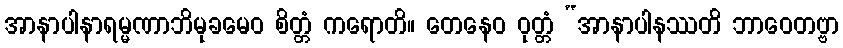
အာနာပါနာရမ္မဏာဘိမုခမေဝ စိတ္တံ ကရောတိ။ တေနေဝ ဝုတ္တံ “အာနာပါနဿတိ ဘာဝေတဗ္ဗာ